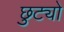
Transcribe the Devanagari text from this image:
छुट्यो